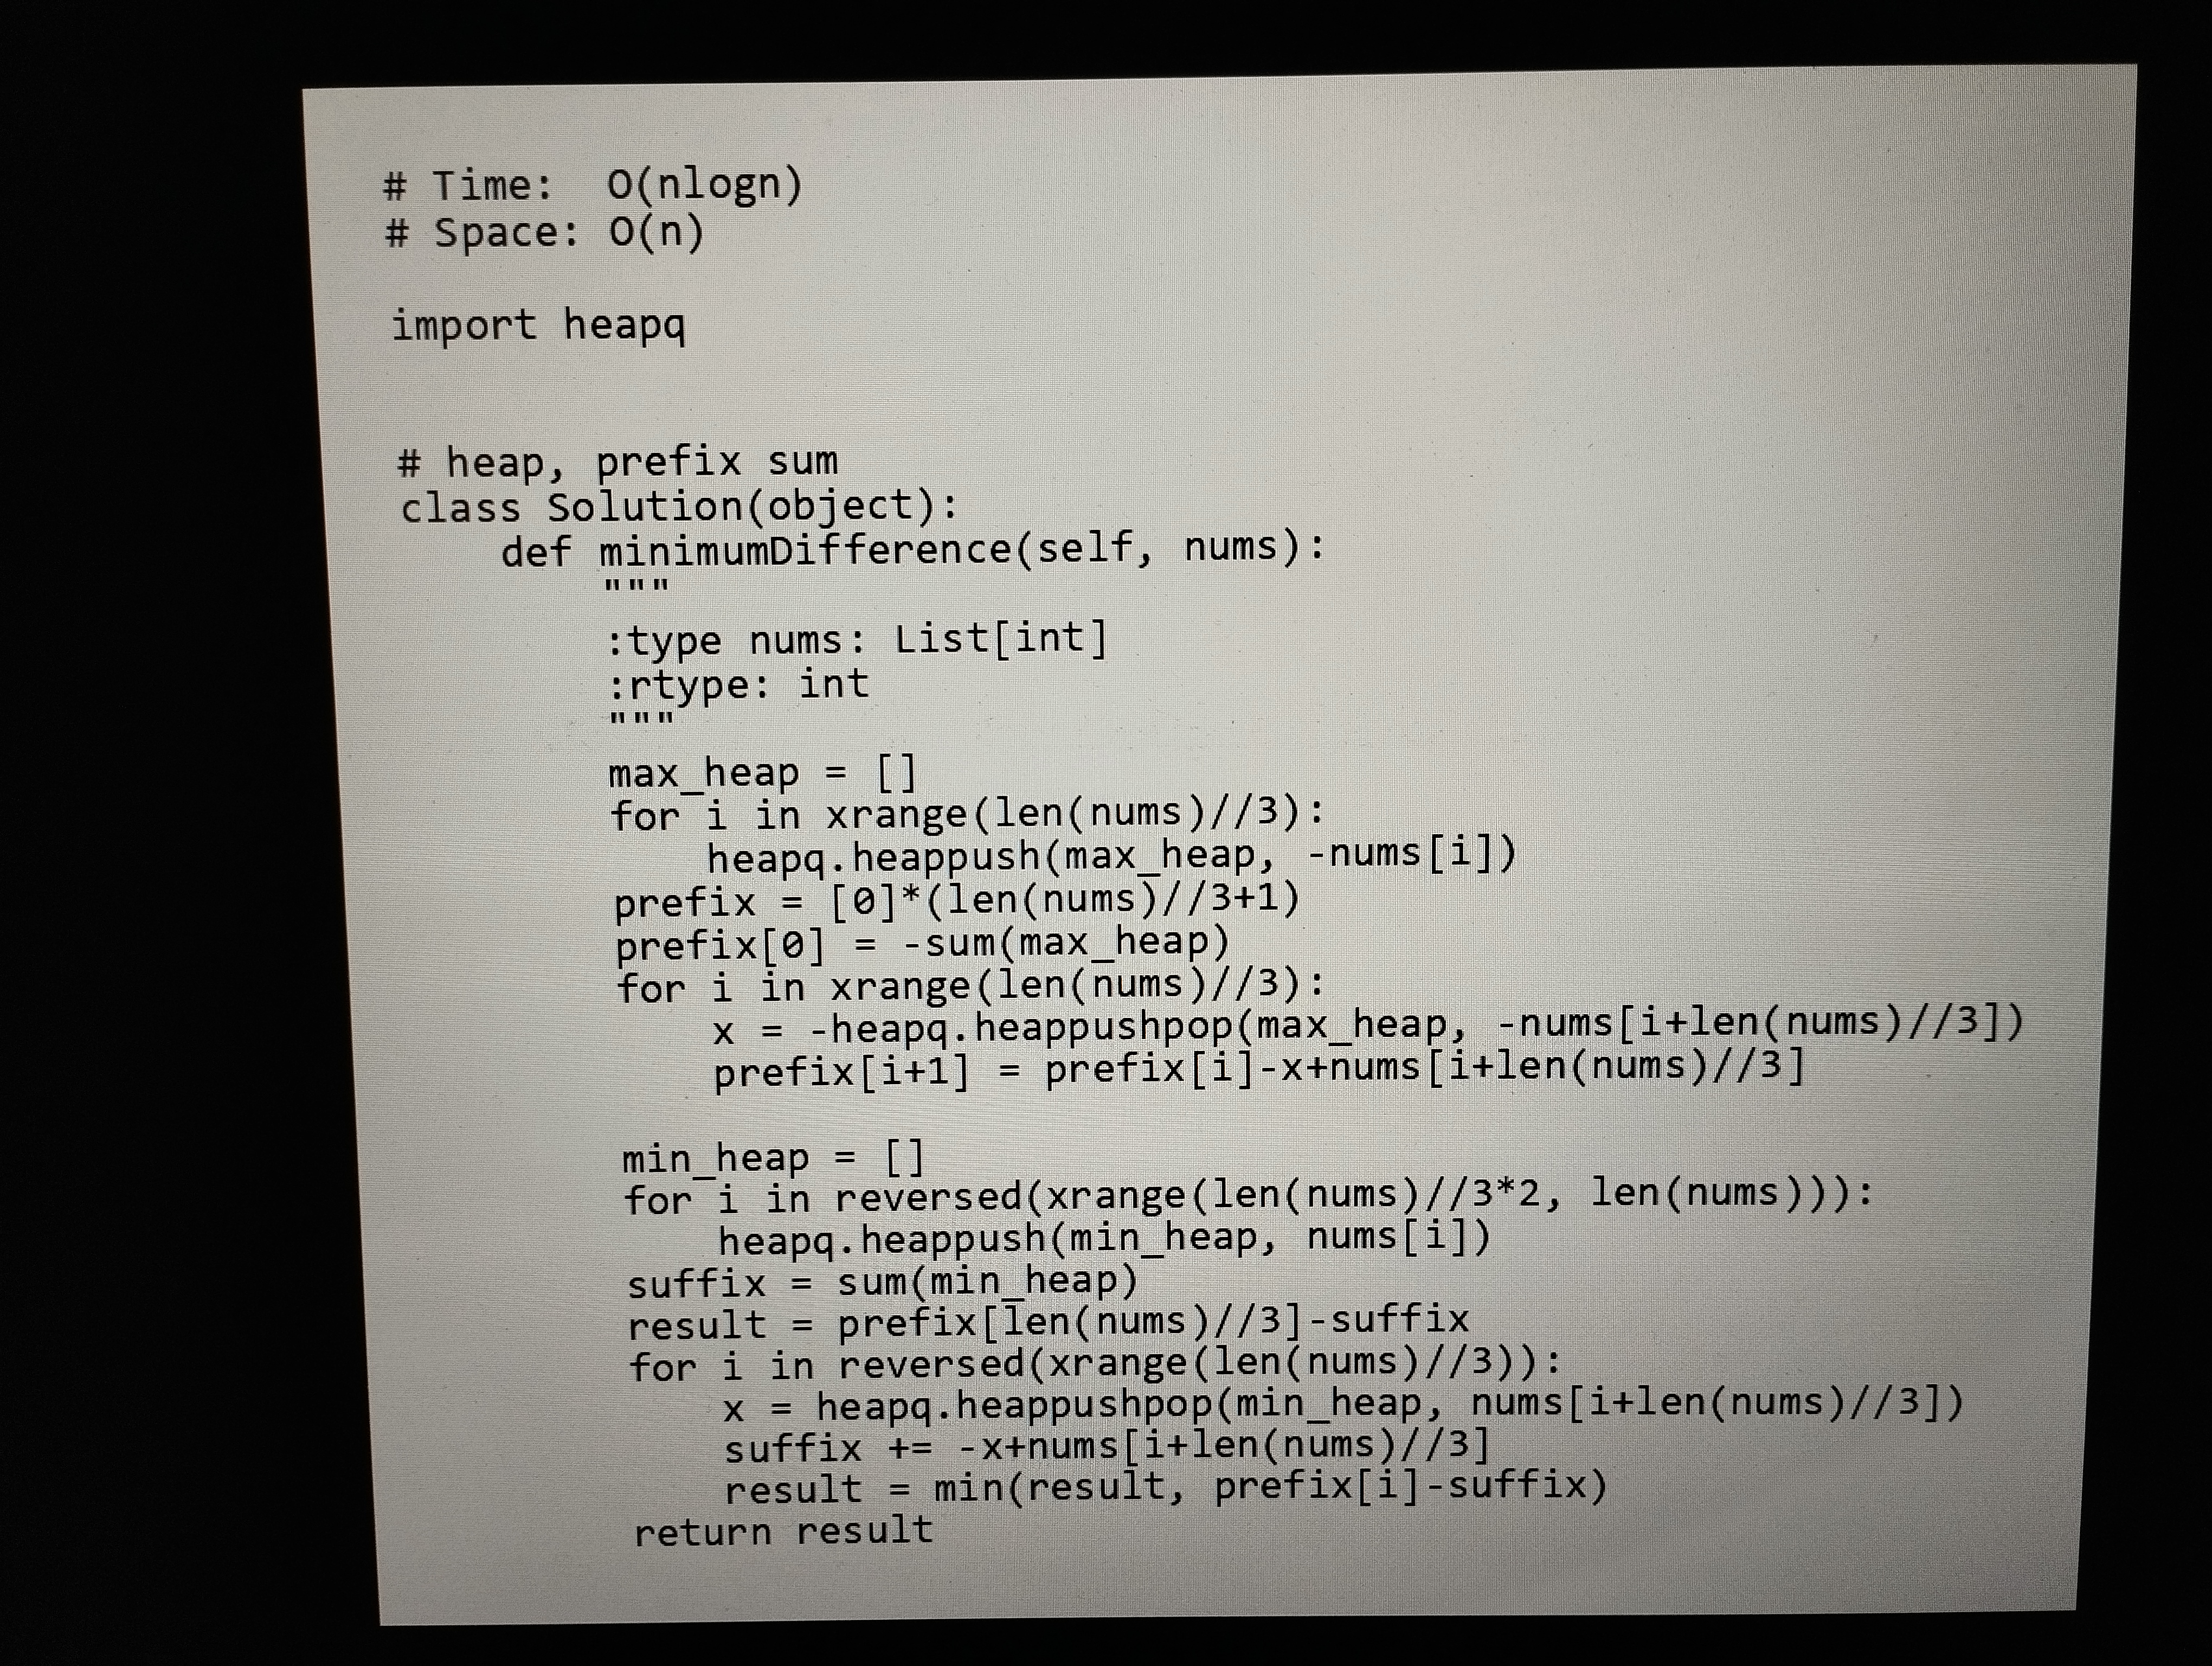
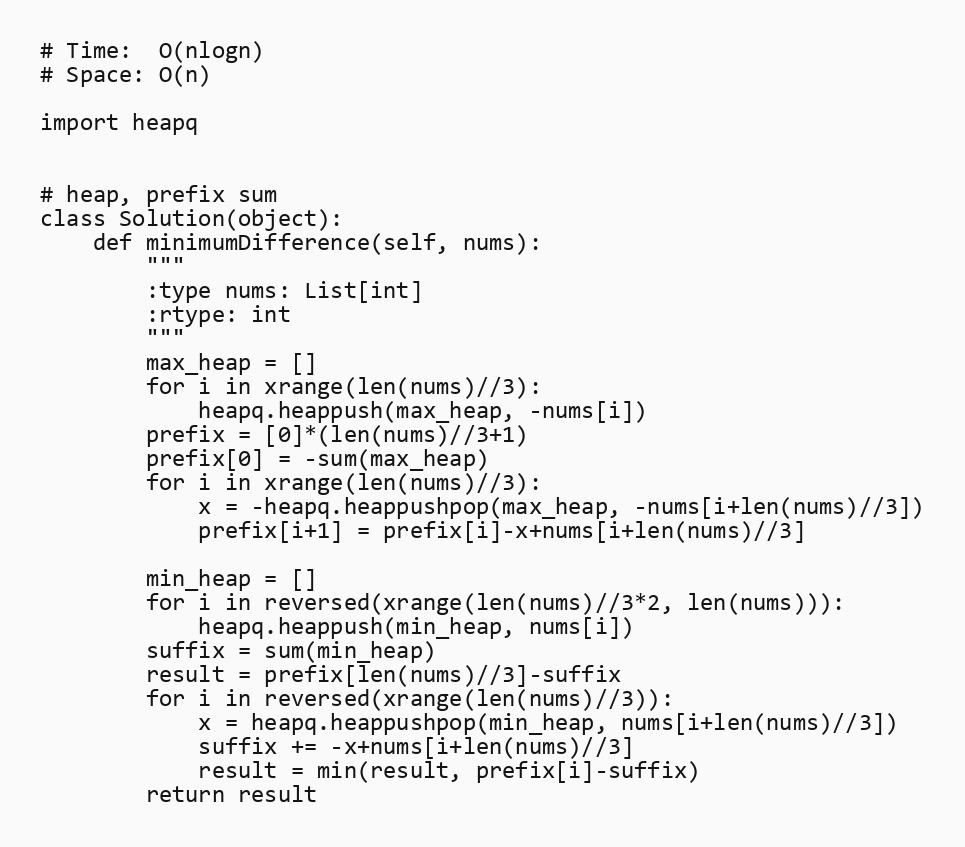
# Time:  O(nlogn)
# Space: O(n)

import heapq

# heap, prefix sum
class Solution(object):
    def minimumDifference(self, nums):
        """
        :type nums: List[int]
        :rtype: int
        """
        max_heap = []
        for i in xrange(len(nums)//3):
            heapq.heappush(max_heap, -nums[i])
        prefix = [0]*(len(nums)//3+1)
        prefix[0] = -sum(max_heap)
        for i in xrange(len(nums)//3):
            x = -heapq.heappushpop(max_heap, -nums[i+len(nums)//3])
            prefix[i+1] = prefix[i]-x+nums[i+len(nums)//3]

        min_heap = []
        for i in reversed(xrange(len(nums)//3*2, len(nums))):
            heapq.heappush(min_heap, nums[i])
        suffix = sum(min_heap)
        result = prefix[len(nums)//3]-suffix
        for i in reversed(xrange(len(nums)//3)):
            x = heapq.heappushpop(min_heap, nums[i+len(nums)//3])
            suffix += -x+nums[i+len(nums)//3]
            result = min(result, prefix[i]-suffix)
        return result